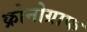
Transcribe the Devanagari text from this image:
क्रोनोग्राफ